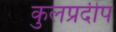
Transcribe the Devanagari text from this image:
कुलप्रदीप